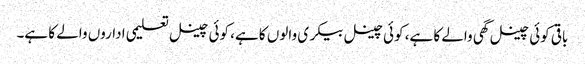
باقی کوئی چینل گھی والے کا ہے، کوئی چینل بیکری والوں کا ہے، کوئی چینل تعلیمی اداروں والے کا ہے۔